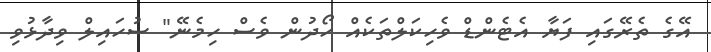
އޭގެ ތެރޭގައި ފަޔާ އެޓެންޑް ވެހިކަލްތަކެއް ހޯދުން ވެސް ހިމެނޭ" ސުހައިލް ވިދާޅުވި